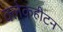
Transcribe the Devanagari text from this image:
क्लेकहीटन